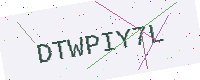
Text: DTWPIY7L